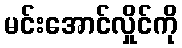
မင်းအောင်လှိုင်ကို